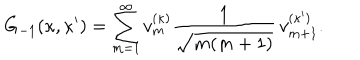
G _ { - 1 } ( \kappa , \kappa ^ { \prime } ) = \sum _ { m = 1 } ^ { \infty } v _ { m } ^ { ( \kappa ) } \frac { 1 } { \sqrt { m ( m + 1 ) } } \, v _ { m + 1 } ^ { ( \kappa ^ { \prime } ) } .